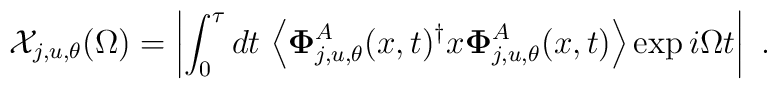
\mathcal{X}_{j,u,\theta }(\Omega )=\left| \int_{0}^{\tau }dt\,\left\langle \mathbf{\Phi }_{j,u,\theta }^{A}(x,t)^{\dagger }x\mathbf{\Phi }_{j,u,\theta}^{A}(x,t)\right\rangle \exp i\Omega t\right| \,\,.